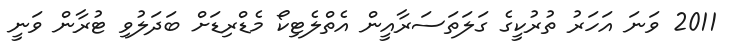
2011 ވަނަ އަހަރު ތުރުކީގެ ގަލަތަސަރާއީން އެތްލެޓިކޯ މެޑްރިޑަށް ބަދަލުވި ޓުރާން ވަނީ